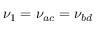
\nu _ { 1 } = \nu _ { a c } = \nu _ { b d }